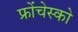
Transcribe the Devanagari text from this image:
फ्रोंचेस्को